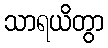
သာရယိတွာ